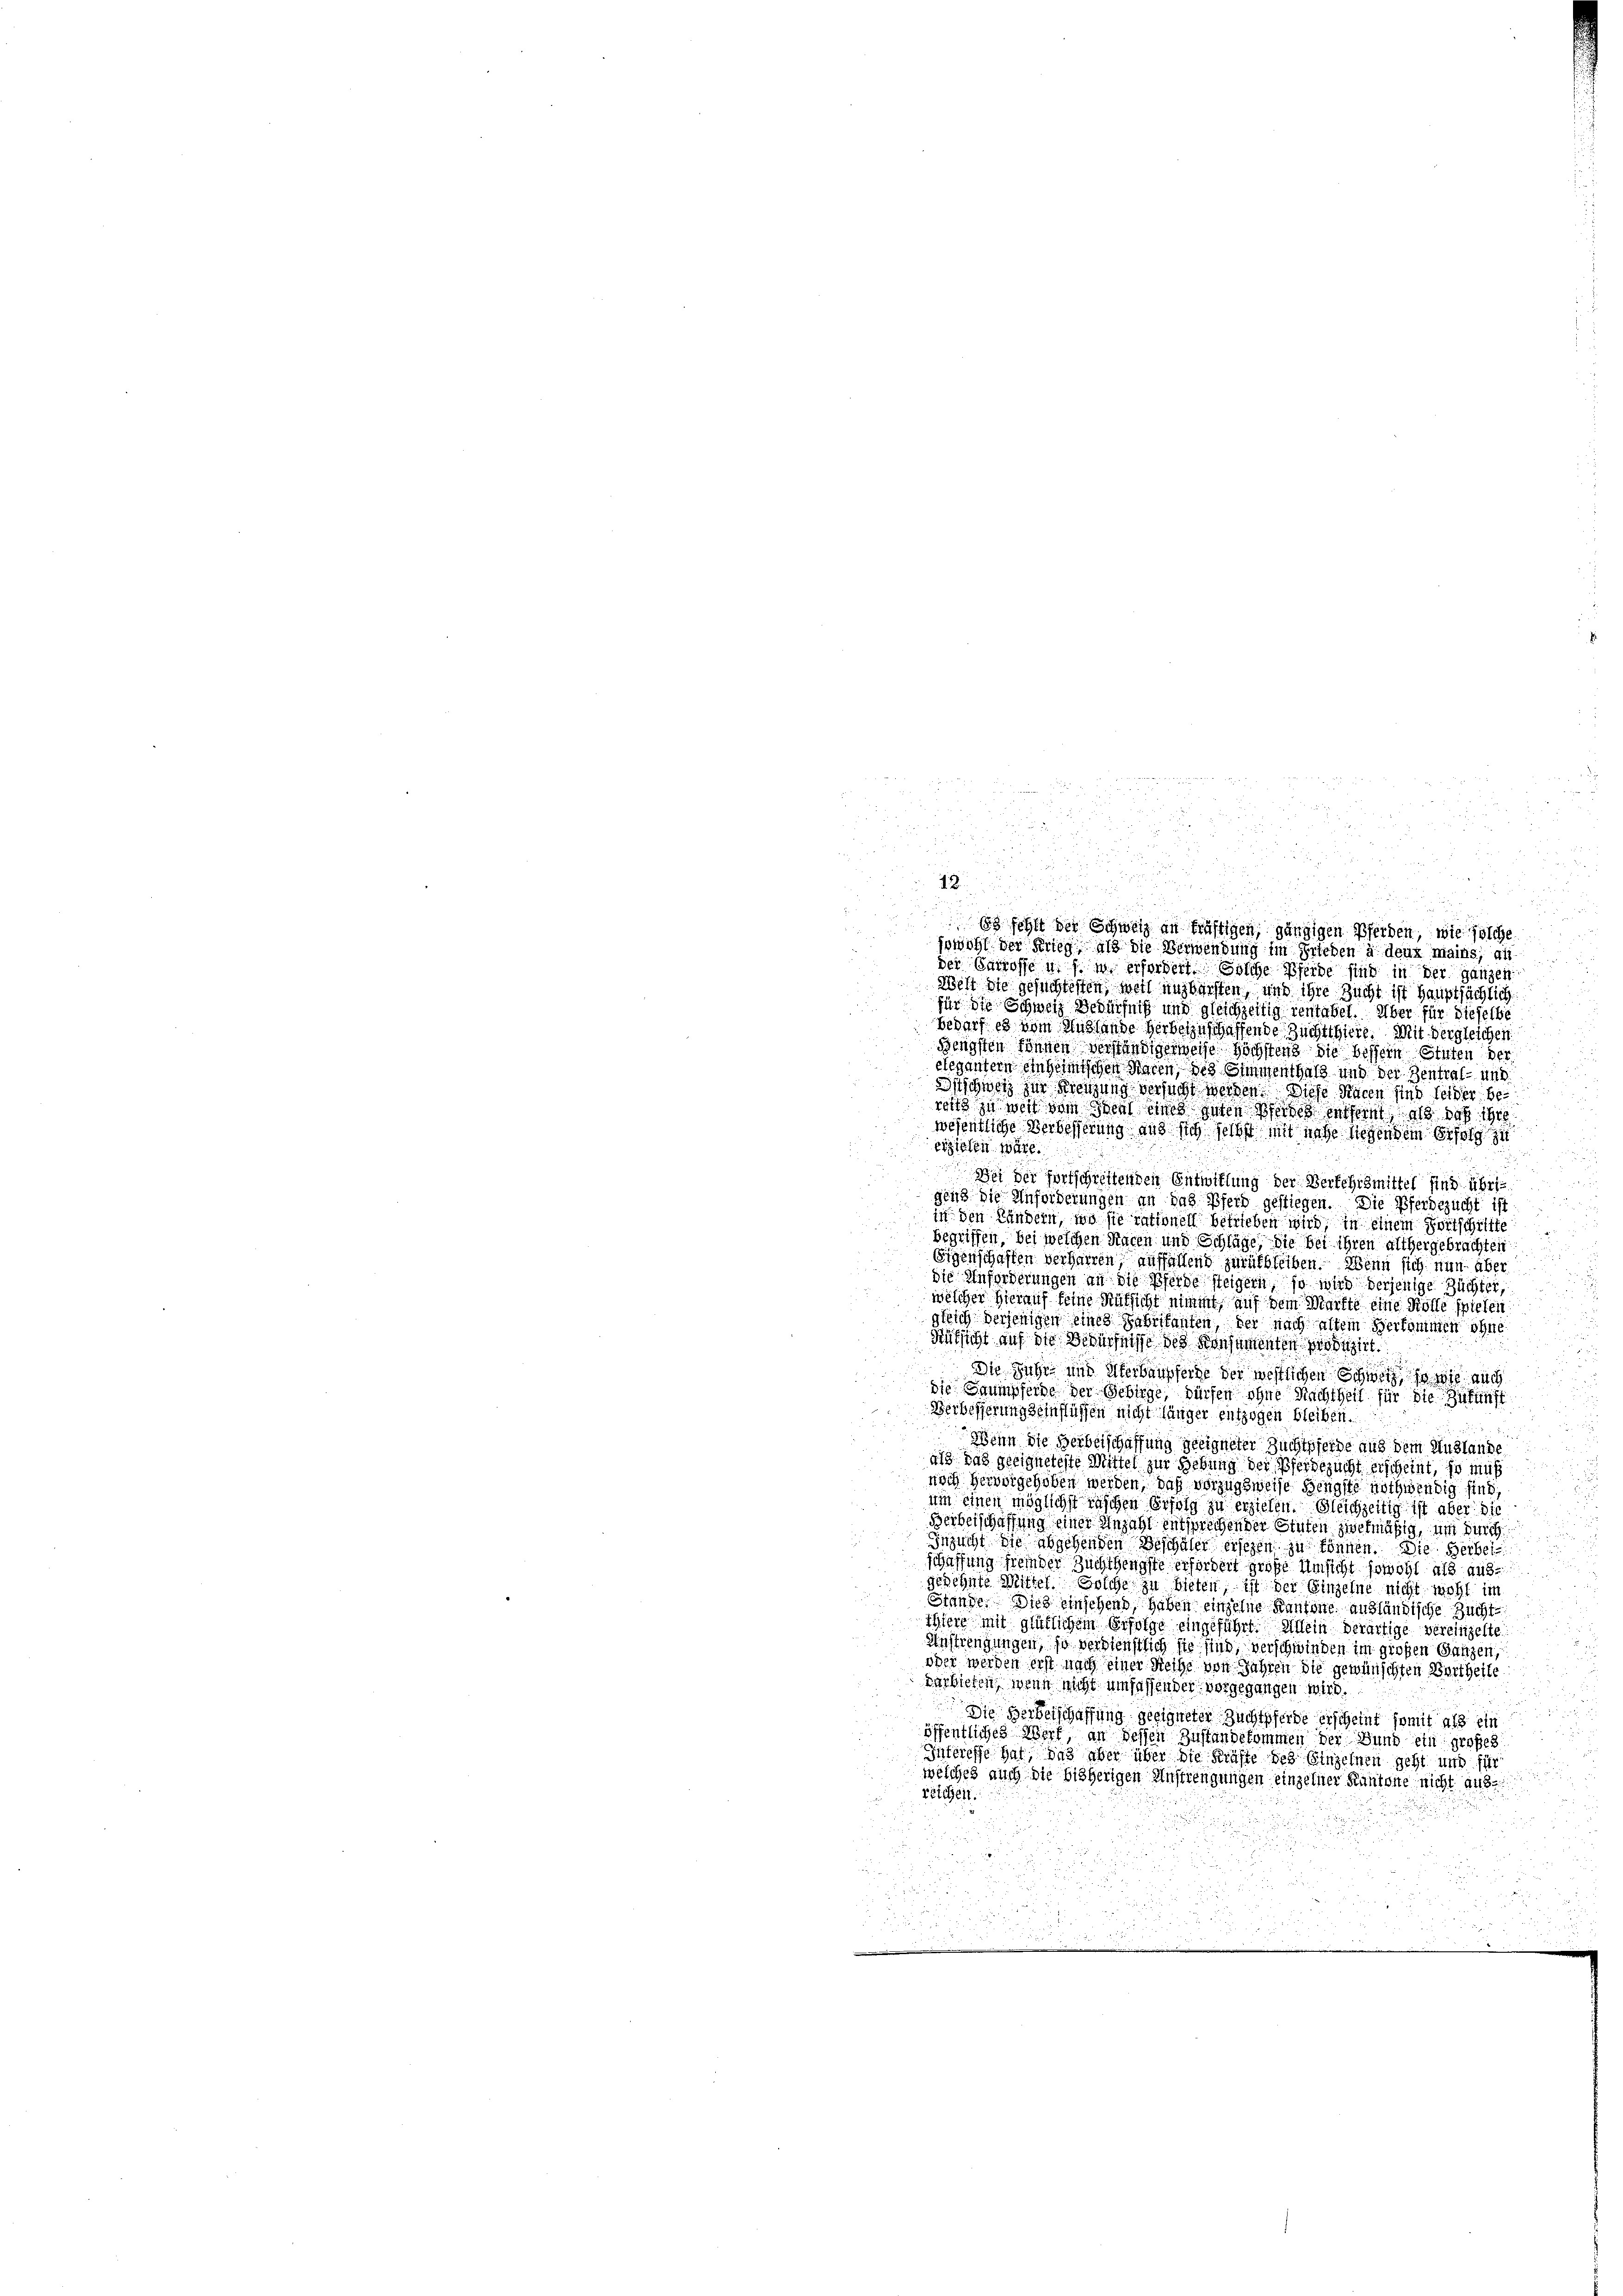
g

Es fehlt bei Schweiz an kräftigen, gängigen Pferden, wie solche
jowohl der Krieg als die Verwendung im Frieden à deux mains, ai
der Patrosse u. f. in erfordert solche Pferde sind in der ganzen
Welt die gesuchtesten, weil uns barsten, und ihre Zucht ist Hauptsächlich
für die Schweiz Bedürfniß und gleichzeitig ventabet. Über für dieselbe
bedarf es vom Auslande herbeinschaffende Zucht hiere. Mit dergleichen
Benigsten können verständigerweise höchstens die bessein Stuten der
elegantern einheimischen Waren, des Simmenthal und der Zentral- und
Itschweiz zur Kreizung versucht werden. Diese Racen sind leider bereits zu weit dem Schens eines guten Pferden entfernt, als das 100
wesentliche Verbesserung aus sich jetzt mit nahe liegendem Erfolg zu
erziehen wäre.
Bei der fortschreitenden Entwillung der Verkehrsmittel sind übrigend die Anforderungen an das Pferd gestiegen. Die Pferdezucht ist
in den Händern, wo sie rationell betrieben wird, in einem Fortschrifte
begriffen, bei welchen Racen und Schläge, die bei ihren althergebrachten
Eigenschaften verharren auffallend zurückbleiben. Wenn sich nun aber
die Anforderungen an die Pferde steigern, so wird derjenige Züchter,
welcher hierauf feine Aufsicht nimmt auf dem Markte eine Kolle spielen
gleich derjenigen eines Fabrikanten, der nach altem Verkommen ohne
Rüksicht auf die Bedürfnisse des Konsamenten produzirt.
Die Fuhr und Uferbaupseige der westlichen Schweiz so wie auch
die Saumpferde der Gebirge, dürfen ohne Nachtheil für die Ge
Verbesserung seinflüssen nicht länger entzogen bleiben.
Wenn die Herbeischaffung geeigneter Zuchtpferde aus dem Auslande
as das geeigneteste Mittel zur Gebung der Pferdezucht erscheint, so muß
noch hervorgehoben werden, daß vorzugsweise Benigste nothwendig sind,
ein einen möglichst raschen Erfolg zu erziehen. Gleichzeitig ist aber die
Berberschaffung einer Anzahl entsprechen der Stuten zwekmäßig, um sich
Inzucht die abgehenden Beschäler ersehen zu können. Die Herbei
schaffung fremder Zuchthengste erfordert große Umsicht sowohl als aus
gedehnte Mittel solche zu bieten, ist der Einzelne nicht nicht im
Stander Dies einschend, haben einzelne Kantone ausländische Zucht
thiere mit glütlichem Erfolge eingeführt. Allein derartige vereinzelte
Austrengungen, so verdienstlich sie sind, verschwinden im großen Ganzen,
oder werden erst nach einer Reihe von Jahren die gewünschten Bertheile
darbieten, wenn nicht umfassender vorgegangen wird.
Die Herberschaffung geeigneter Zuchtpferde erscheint somit als ein
öffentliches Wert, an dessen Zustandekommen der Bund ein großes
Interesse hat, das aber über die Kräfte des Einzelnen geht und für
welches auch die bisherigen Anstrengungen einzelner Kantone nicht aus
reichen.